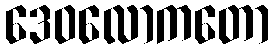
ဒေဝလောကတော